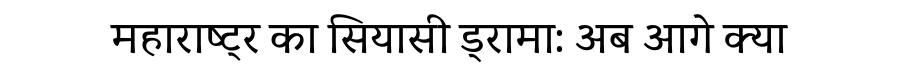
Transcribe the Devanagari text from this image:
महाराष्ट्र का सियासी ड्रामा: अब आगे क्या